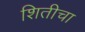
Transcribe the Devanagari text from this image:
शितीचा